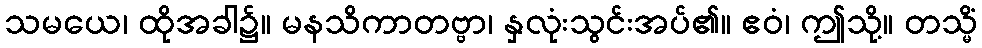
သမယေ၊ ထိုအခါ၌။ မနသိကာတဗ္ဗာ၊ နှလုံးသွင်းအပ်၏။ ဧဝံ၊ ဤသို့။ တသ္မိံ